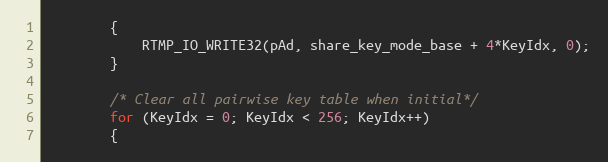
Language: C
		{
			RTMP_IO_WRITE32(pAd, share_key_mode_base + 4*KeyIdx, 0);
		}

		/* Clear all pairwise key table when initial*/
		for (KeyIdx = 0; KeyIdx < 256; KeyIdx++)
		{